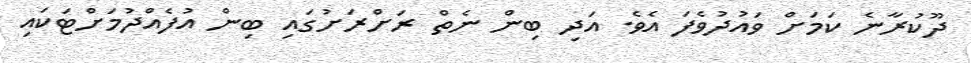
ދޫކުުރާނެ ކަމަށް ވައުދުވެފަ އެވެ. އަދި ބިން ނެތް ރަށްރަށުގައި ބިން އުފެއްދުމަށްޓަކައި